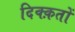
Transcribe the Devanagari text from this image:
दिक्क़तों